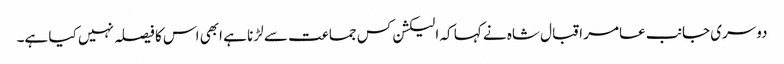
دوسری جانب عامر اقبال شاہ نے کہا کہ الیکشن کس جماعت سے لڑنا ہے ابھی اس کا فیصلہ نہیں کیا ہے۔